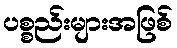
ပစ္စည်းများအဖြစ်